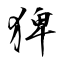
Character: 猈